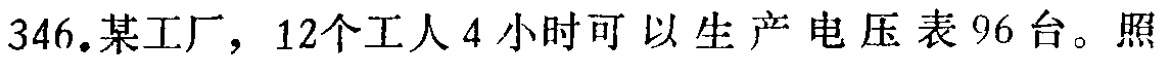
346.某工厂，12个工人4小时可以生产电压表96台。照